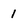
Character: 1